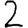
Digit: 2